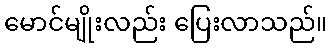
မောင်မျိုးလည်း ပြေးလာသည်။